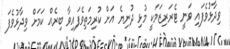
ވިދާޅުވެފައި ވަނީ ޓެރަރިޒަމަކީ މުޅި ދުނިޔެ އަށް ކުރިމަތިވެފައިވާ ބިރެއް ކަމަށް ވިދާޅުވެފަ